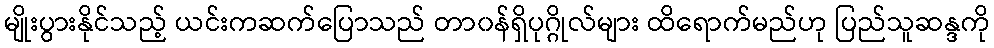
မျိုးပွားနိုင်သည့် ယင်းကဆက်ပြောသည် တာ၀န်ရှိပုဂ္ဂိုလ်များ ထိရောက်မည်ဟု ပြည်သူဆန္ဒကို